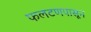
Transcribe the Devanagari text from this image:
फलटणपासून